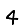
Digit: 4